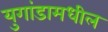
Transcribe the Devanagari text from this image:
युगांडामधील